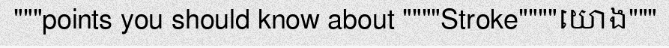
"""points you should know about """"Stroke""""យោង"""